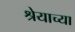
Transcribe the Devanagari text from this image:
श्रेयाच्या